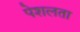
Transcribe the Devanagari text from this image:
पेशलता